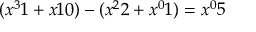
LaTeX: ( { x ^ { 3 } } 1 + { x } 1 0 ) - ( { x ^ { 2 } } 2 + { x ^ { 0 } } 1 ) = { x ^ { 0 } } 5